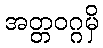
အတ္တဝဂ္ဂမှိ